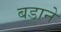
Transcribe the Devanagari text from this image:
बडाने